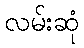
လမ်းဆုံ